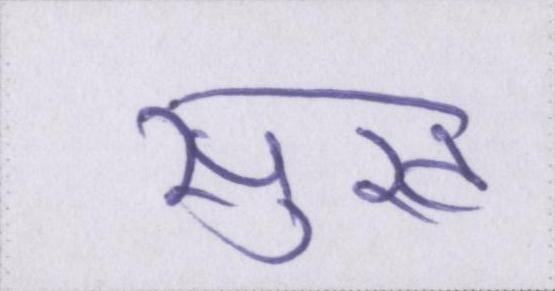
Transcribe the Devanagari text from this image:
सुख